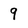
Character: 9